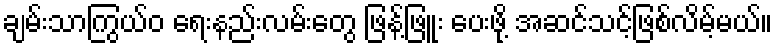
ချမ်းသာကြွယ်ဝ ရေးနည်းလမ်းတွေ ဖြန့်ဖြူး ပေးဖို့ အဆင်သင့်ဖြစ်လိမ့်မယ်။